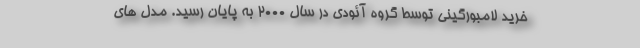
خرید لامبورگینی توسط گروه آئودی در سال 2000 به پایان رسید. مدل های